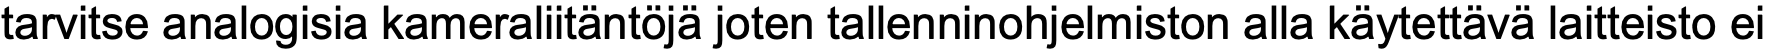
tarvitse analogisia kameraliitäntöjä joten tallenninohjelmiston alla käytettävä laitteisto ei